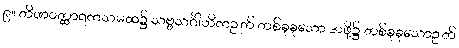
၉။ တိဏဝတ္ထာရကသမထ၌ သဗ္ဗသင်္ဂါဟိကဉတ် တစ်ခုခုသော အဖို့၌ တစ်ခုခုသောဉတ်